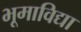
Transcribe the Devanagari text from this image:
भूमाविद्या